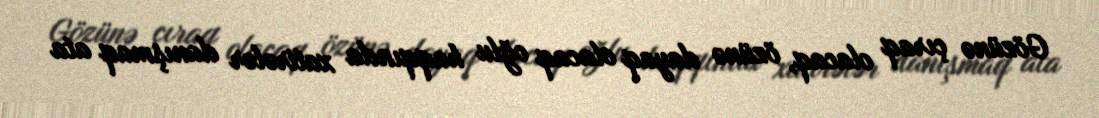
Gözünə çıraq olacaq, özünə dayaq olacaq oğlu haqqında xatirələr danışmaq ata